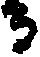
る